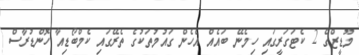
މޫޑީޒްގެ 2 ކެޓަގަރީގައި ހިމެނޭ ބައެއް އެހެން ގައުމުތަކުގެ ތެރޭގައި ކެމްބޯޑިއާ ހޮންޑުރާސް